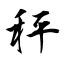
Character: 秤